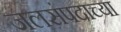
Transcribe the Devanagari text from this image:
जलसंपदाच्या